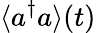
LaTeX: \langle a^{\dagger}a\rangle(t)